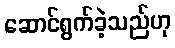
ဆောင်ရွက်ခဲ့သည်ဟု